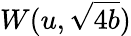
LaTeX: W(u,\sqrt{4b})